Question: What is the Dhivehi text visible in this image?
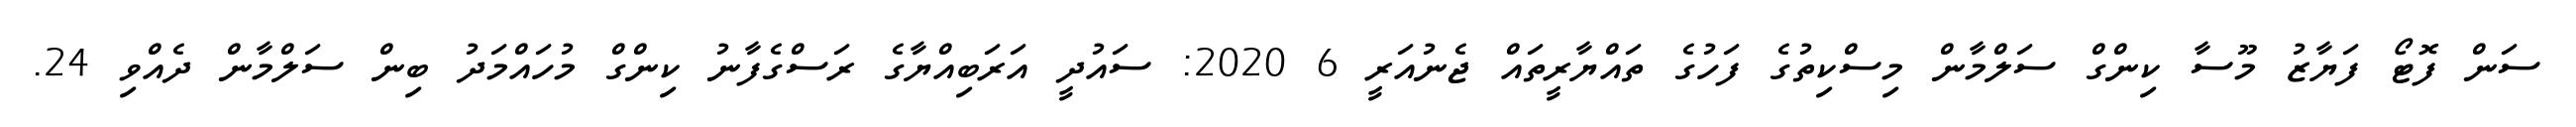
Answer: ސަން ފޮޓޯ ފަޔާޒު މޫސާ ކިންގް ސަލްމާން މިސްކިތުގެ ފަހުގެ ތައްޔާރީތައް ޖެނުއަރީ 6 2020: ސައުދީ އަރަބިއްޔާގެ ރަސްގެފާނު ކިންގް މުހައްމަދު ބިން ސަލްމާން ދެއްވި 24.